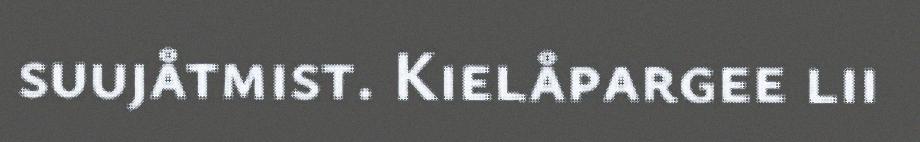
suujåtmist. Kielåpargee lii